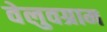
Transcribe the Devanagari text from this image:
वेलुवग्राम